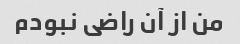
من از آن راضی نبودم